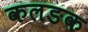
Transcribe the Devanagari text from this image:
कलङक